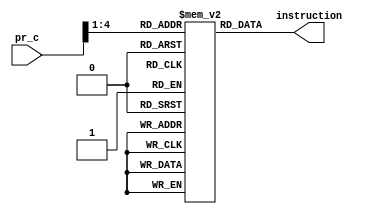
module Instruction_Memory(
  input[31:0] pr_c,
  output[31:0] instruction
);

  reg [31:0] memory [14:0];
  wire [5 : 0] mem_addr = pr_c[6:1];
 initial
 begin
     
   memory[0] =32'b00000000010000000000000000000000 ;// load R0 <- Mem(R2 + 0)
   memory[1] =32'b00000000010000010000000000000001 ;// load R1 <- Mem(R2 + 1)
   memory[2] =32'b00001000000000010001000000000000 ;// Add R2 <- R0 + R1
   memory[3] =32'b00000100001000100000000000000000 ;// Store Mem(R1 + 0) <- R2
   memory[4] =32'b00001100000000010001000000000000 ; // sub R2 <- R0 - R1
   memory[5] =32'b00010000000000000001000000000000 ;// invert R2 <- !R0 
   memory[6] =32'b00010100000000010001000000000000 ;// logical shift left R2 <- R0<<R1 
   memory[7] =32'b00011000000000010001000000000000 ; // logical shift right R2 <- R0>>R1 
   memory[8] =32'b00011100000000010001000000000000 ; // AND R2<- R0 AND R1 
   memory[9] =32'b00100000000000010001000000000000 ; // OR R2<- R0 OR R1 
   memory[10]=32'b00100100000000010001000000000000 ; // SLT R2 <- 1 if R0 < R1 
   memory[11]=32'b00001000000000000000000000000000 ; // Add R0 <- R0 + R0
   memory[12]=32'b00101100000000010000000000000001 ; // BEQ branch to jump if R0=R1, PCnew=PC+2+offset<<1 = 28 => offset = 1
   memory[13] =32'b00110000000001000000000000000000 ; // BNE branch to jump if R0!=R1, PCnew=PC+2+offset<<1 = 28 => offset = 0
   memory[14] =32'b00110100000000000000000000000000 ; // J jump to the beginning address
  
 end
 assign instruction =  memory[mem_addr]; 

endmodule